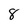
Character: 8